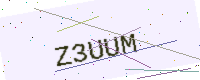
Text: Z3UUM